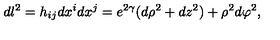
d l ^ { 2 } = h _ { i j } d x ^ { i } d x ^ { j } = e ^ { 2 \gamma } ( d \rho ^ { 2 } + d z ^ { 2 } ) + \rho ^ { 2 } d \varphi ^ { 2 } ,